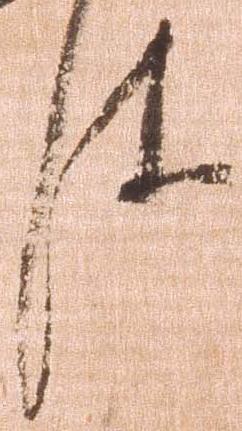
件